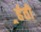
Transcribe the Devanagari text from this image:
र्र्हती